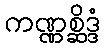
ကဏ္ဏစ္ဆိဒ္ဒံ